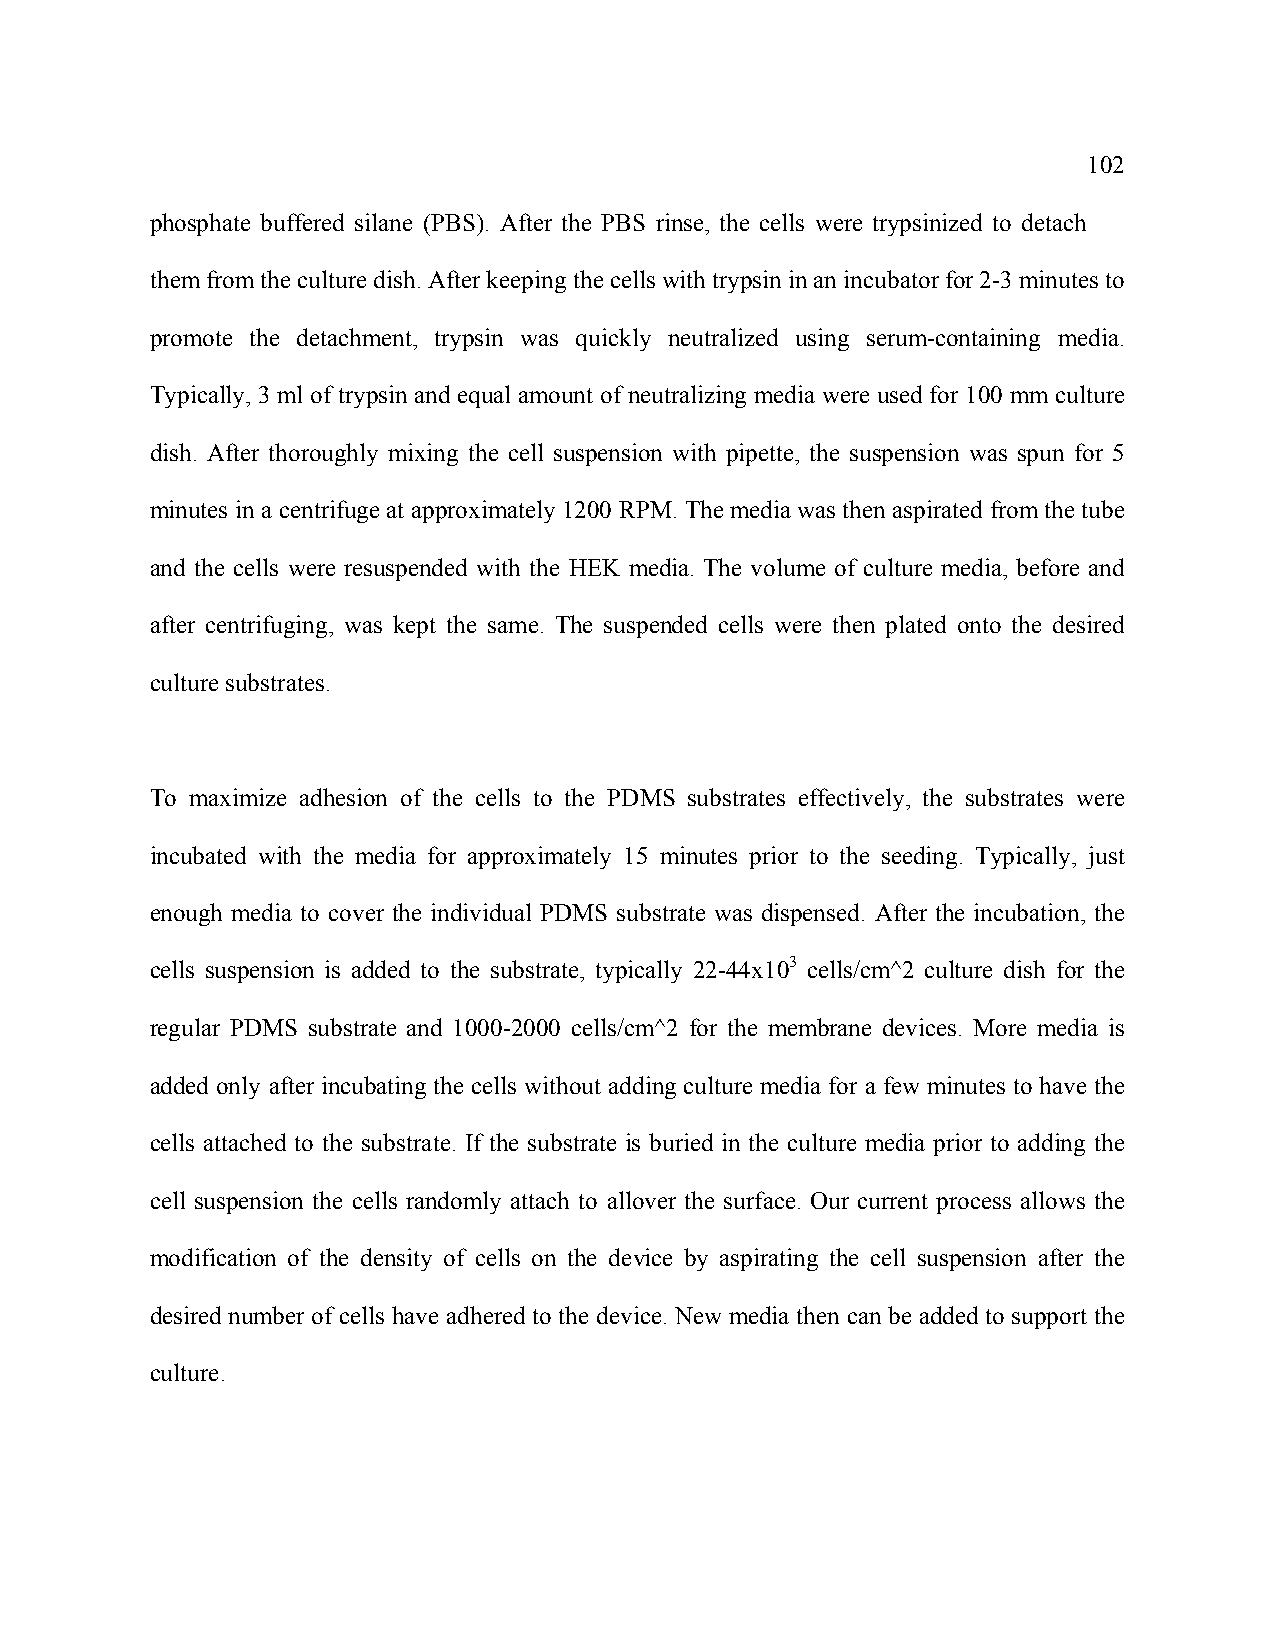
102
 phosphate buffered silane (PBS). After the PBS rinse, the cells were trypsinized to detach
 them from the culture dish. After keeping the cells with trypsin in an incubator for 2-3 minutes to
 promote the detachment, trypsin was quickly neutralized using serum-containing media.
 Typically, 3 ml of trypsin and equal amount of neutralizing media were used for 100 mm culture
 dish. After thoroughly mixing the cell suspension with pipette, the suspension was spun for 5
 minutes in a centrifuge at approximately 1200 RPM. The media was then aspirated from the tube
 and the cells were resuspended with the HEK media. The volume of culture media, before and
 after centrifuging, was kept the same. The suspended cells were then plated onto the desired
 culture substrates.
 To maximize adhesion of the cells to the PDMS substrates effectively, the substrates were
 incubated with the media for approximately 15 minutes prior to the seeding. Typically, just
 enough media to cover the individual PDMS substrate was dispensed. After the incubation, the
 cells suspension is added to the substrate, typically 22-44x103 cells/cm^2 culture dish for the
 regular PDMS substrate and 1000-2000 cells/cm^2 for the membrane devices. More media is
 added only after incubating the cells without adding culture media for a few minutes to have the
 cells attached to the substrate. If the substrate is buried in the culture media prior to adding the
 cell suspension the cells randomly attach to allover the surface. Our current process allows the
 modification of the density of cells on the device by aspirating the cell suspension after the
 desired number of cells have adhered to the device. New media then can be added to support the
 culture.